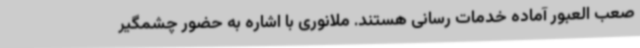
صعب العبور آماده خدمات رسانی هستند. ملانوری با اشاره به حضور چشمگیر